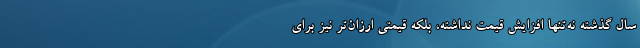
سال گذشته نه‌تنها افزایش قیمت نداشته، بلکه قیمتی ارزان‌تر نیز برای